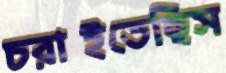
চরাইতেছিস